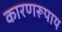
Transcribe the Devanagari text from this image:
कारणरूपाय